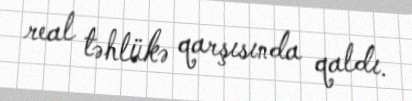
real təhlükə qarşısında qaldı.